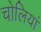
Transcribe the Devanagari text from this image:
चोलियां